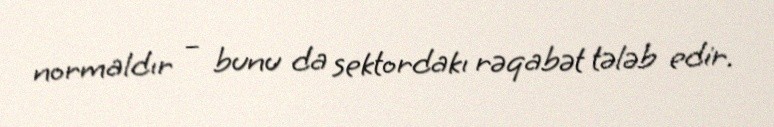
normaldır – bunu da sektordakı rəqabət tələb edir.